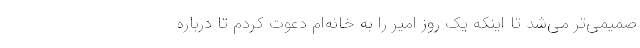
صمیمی‌تر می‌شد تا اینکه یک روز امیر را به خانه‌ام دعوت کردم تا درباره